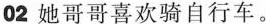
02她哥哥喜欢骑自行车。